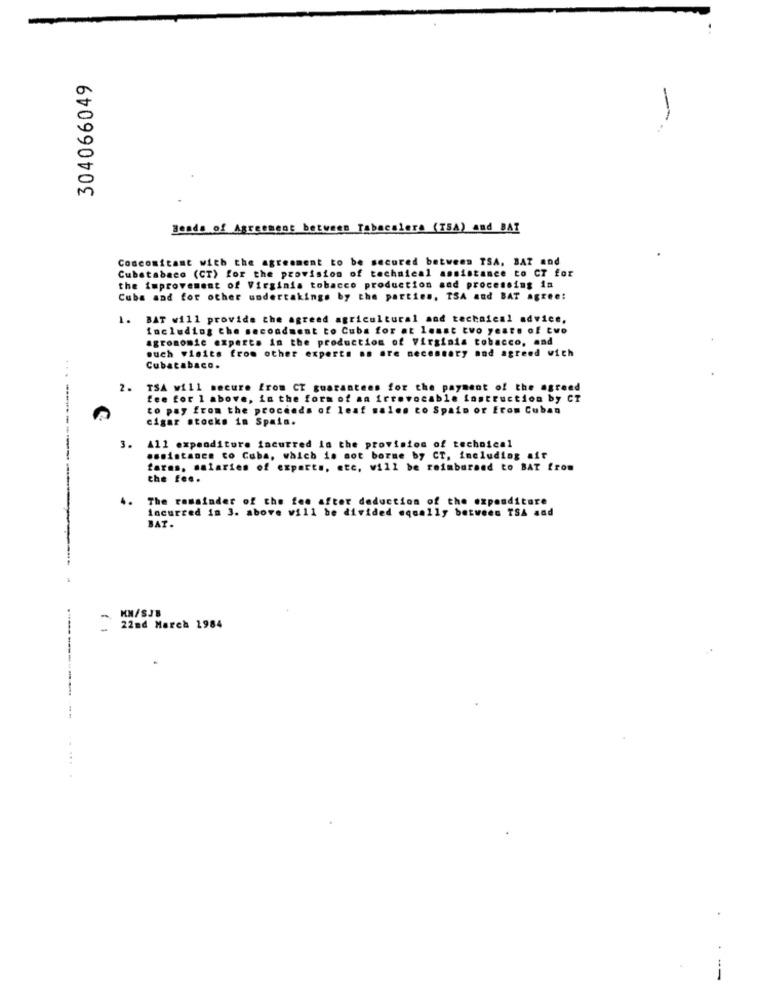
304066049
Beads of Agreement between Tabacalera (TEA) and BAT
Concomitant with the agreement to be secured between TSA, BAZ and
Cubatabaco (CT) for the provision of technical assistance to CT for
the improvement of Virginia tobacco production and processing in
Cuba and for other undertakings by the parties, TSA and BAT agree:
BAT will provide the agreed agricultural and technical advice.
including the secondment to Cuba for at least two years of two
agronomic experts in the production of Virginia tobacco, and
ouch vloits from other experts an are necessary and agreed wich
Cubatabaco.
2.
TSA will secure from CT guarantees for the payment of the agreed
fee for 1 above, in the form of an irrevocable instruction by CT
to pay from the proceeds of leaf sale.
to Sp
LD or Erom Cuban
cigar stocks in Spain.
3.
All expenditure incurred in the provision of technical
.ssistanen to Cuba, which is not borme by CT, including air
experts, etc, will be reimbursed to BAT from
the fee.
4.
The remainder of the fee after deduction of the expenditure
incurred in 3. above will be divided equally between TSA and
BAT.
KM/SJB
22nd March 1984
--